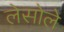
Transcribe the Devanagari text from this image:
लेसोले